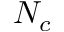
N _ { c }